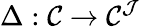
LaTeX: \Delta:{\mathcal{C}}\to{\mathcal{C}}^{\mathcal{J}}